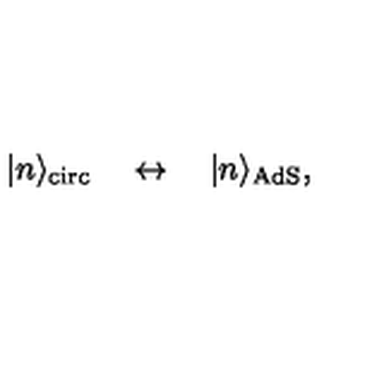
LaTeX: | n \rangle _ { \mathrm { c i r c } } \quad \leftrightarrow \quad | n \rangle _ { \mathrm { A d S } } ,